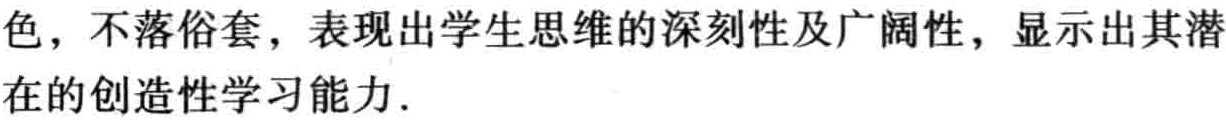
色，不落俗套，表现出学生思维的深刻性及广阔性，显示出其潜\\

在的创造性学习能力.